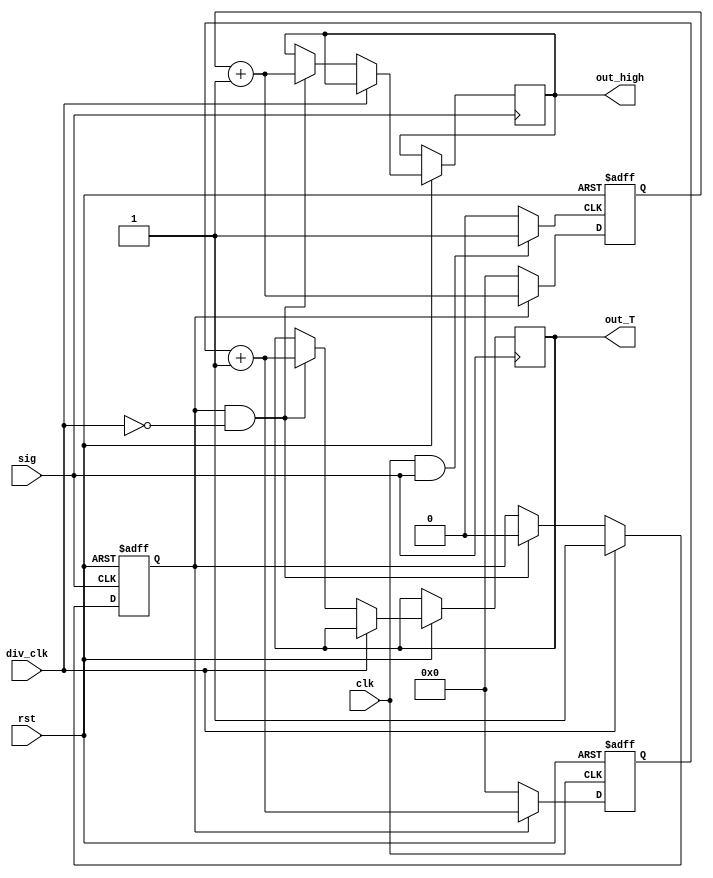
module duty(
	input clk,rst,
	input sig,
	input div_clk,
	output[31:0] out_high,
	output[31:0] out_T
	);
//============================================
wire clk_high;
assign clk_high =(clk && sig)? 1 : 0;
//============================================
reg start;	
always @(posedge sig or negedge rst) begin
	if (!rst) begin
		// reset
		start <= 1'd0;	
	end
	else if (div_clk==1) begin
			//start count
			start <= 1; 
			end 
			else  if (start == 1 && div_clk==0) begin
				//end counting
				out_high <= cont_high + 1;//output when it down first time;
				out_T <= cont_T + 1;
				start <= 0;//count completed
			end
end
	
//============================================
reg [31:0] cont_T;
always @(posedge clk or negedge rst) begin
	if (!rst) begin
			// reset	
		cont_T <= 32'd0;	
	end
	else if(start==1) begin
			cont_T <= cont_T + 1;
		  end else begin
			cont_T <= 0;
		  end
end

//============================================	
reg [31:0] cont_high;
always @(posedge clk_high or negedge rst) begin
		if (!rst) begin
			// reset		
			cont_high <= 32'd0;
		end
		else if (start==1) begin
			//has started
			cont_high <= cont_high + 1;
		end else begin
			cont_high <= 0;//reset counter
		end
end
//============================================
endmodule